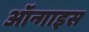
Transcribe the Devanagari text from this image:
ऑन्गाइस